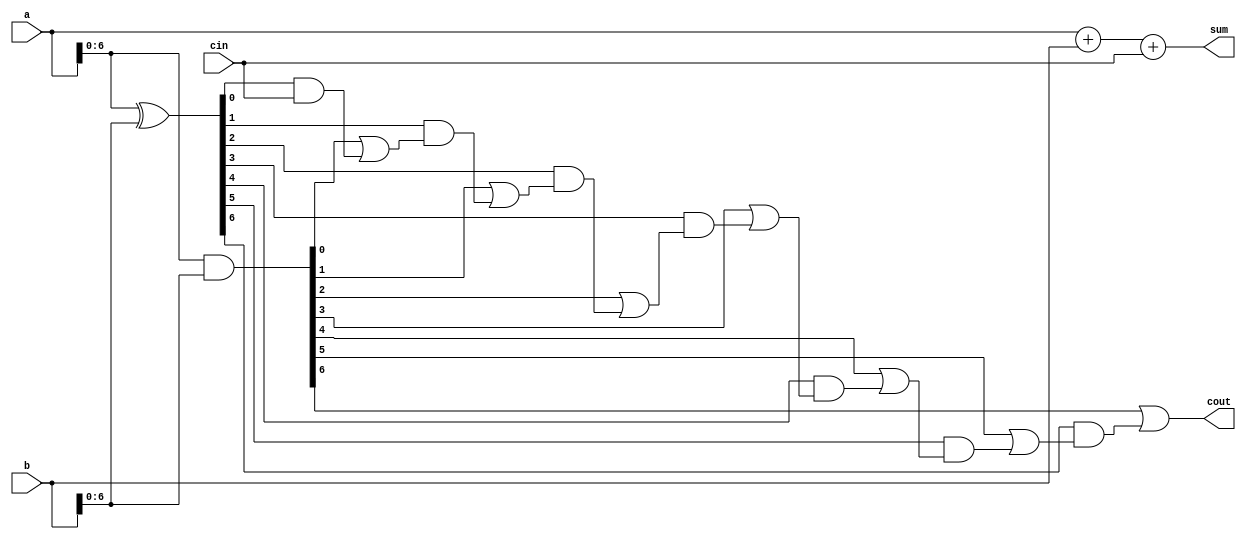
module carry_lookahead_adder (
    input [7:0] a,
    input [7:0] b,
    input cin,
    output reg [7:0] sum,
    output reg cout
);

reg [7:0] p, g;
reg [7:0] c;

assign p = a ^ b;
assign g = a & b;

initial begin
    c[0] = cin;
    c[1] = g[0] | (p[0] & c[0]);
    c[2] = g[1] | (p[1] & c[1]);
    c[3] = g[2] | (p[2] & c[2]);
    c[4] = g[3] | (p[3] & c[3]);
    c[5] = g[4] | (p[4] & c[4]);
    c[6] = g[5] | (p[5] & c[5]);
    c[7] = g[6] | (p[6] & c[6]);

    sum = a + b + cin;
    cout = c[7];
end

endmodule